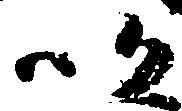
以